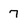
Character: 7